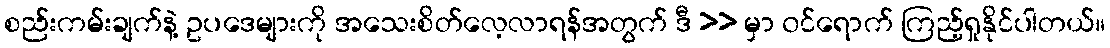
စည်းကမ်းချက်နဲ့ ဥပဒေများကို အသေးစိတ်လေ့လာရန်အတွက် ဒီ >> မှာ ၀င်ရောက် ကြည့်ရှုနိုင်ပါတယ်။